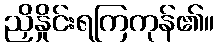
ညှိနှိုင်းရကြကုန်၏။